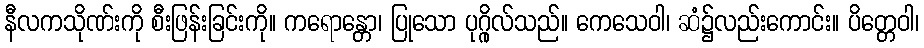
နီလကသိုဏ်းကို စီးဖြန်းခြင်းကို။ ကရောန္တော၊ ပြုသော ပုဂ္ဂိုလ်သည်။ ကေသေဝါ၊ ဆံ၌လည်းကောင်း။ ပိတ္တေဝါ၊